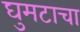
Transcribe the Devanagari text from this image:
घुमटाचा